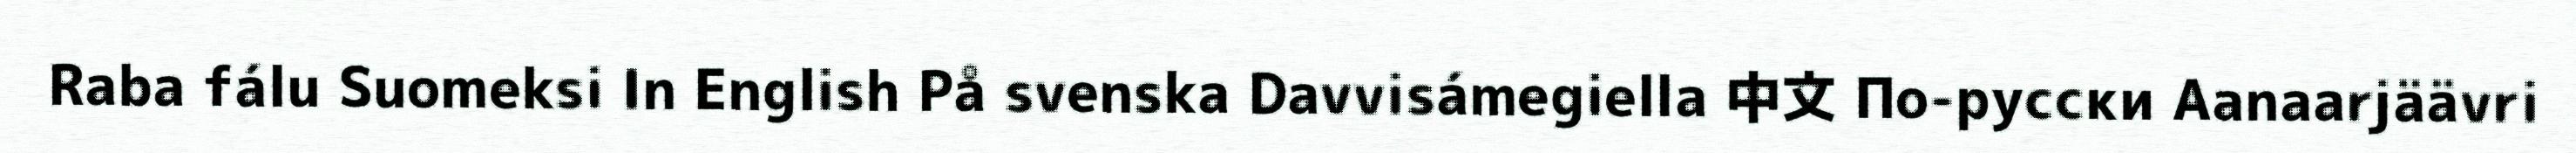
Raba fálu Suomeksi In English På svenska Davvisámegiella 中文 По-русски Aanaarjäävri